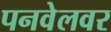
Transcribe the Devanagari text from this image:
पनवेलवर